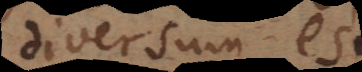
diversum est.